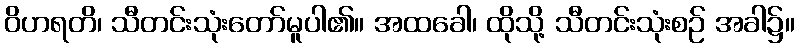
ဝိဟရတိ၊ သီတင်းသုံးတော်မူပါ၏။ အထခေါ၊ ထိုသို့ သီတင်းသုံးစဉ် အခါ၌။